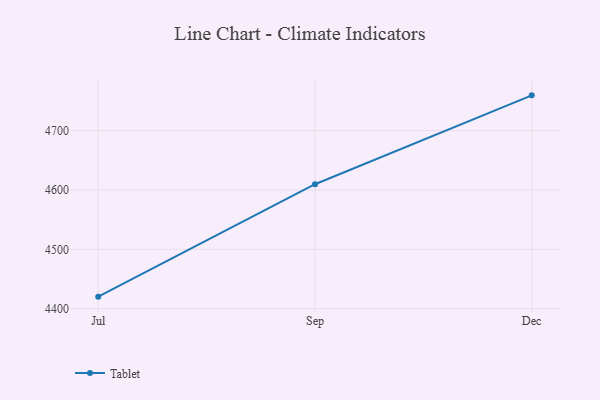
{"axis": {"x": "Month", "y": "Page Views"}, "legend": ["Tablet"], "data": [{"x": "Jul", "y": 4420.3, "type": "Tablet"}, {"x": "Sep", "y": 4609.7, "type": "Tablet"}, {"x": "Dec", "y": 4759.4, "type": "Tablet"}]}